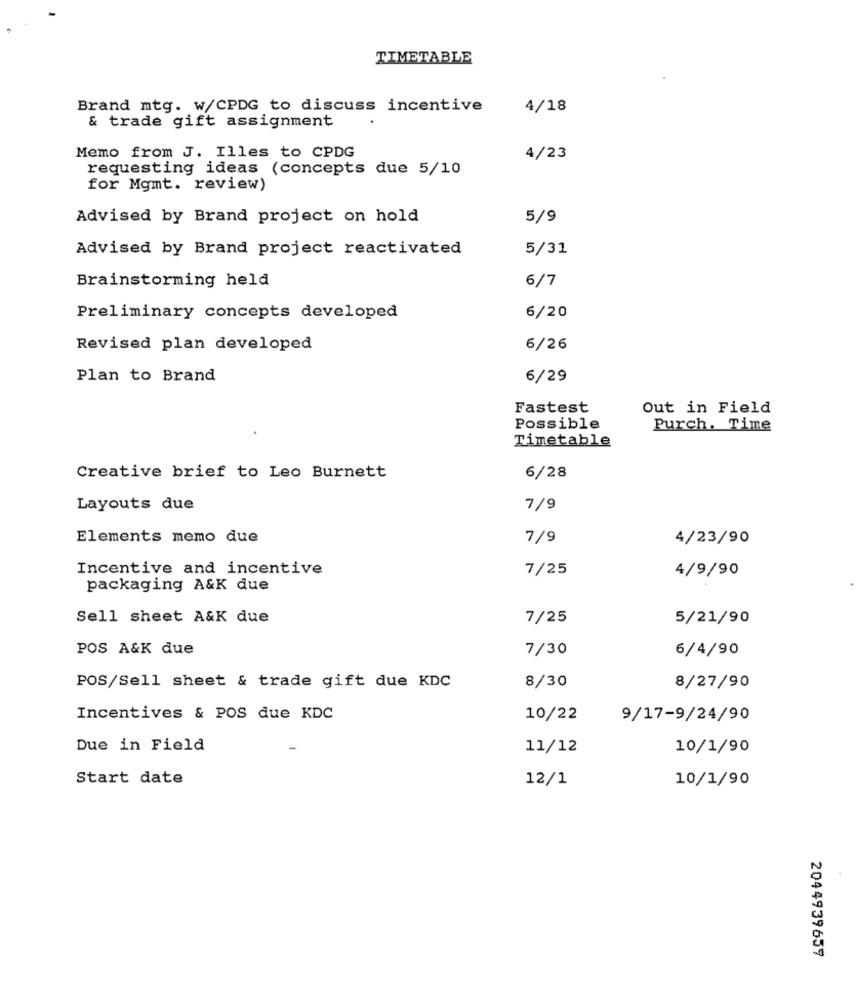
TIMETABLE
Brand mtg. W/CPDG to discuss incentive
4/18
& trade gift assignment
Memo from J. Illes to CPDG
4/23
requesting ideas (concepts due 5/10
for Mgmt. review)
Advised by Brand project on hold
5/9
Advised by Brand project reactivated
5/31
Brainstorming held
6/7
6/20
Preliminary concepts developed
Revised plan developed
6/26
Plan to Brand
6/29
Fastest
Out in Field
Possible
Purch. Time
Timetable
Creative brief to Leo Burnett
6/28
Layouts due
7/9
Elements memo due
7/9
4/23/90
Incentive and incentive
7/25
4/9/90
packaging A&K due
Sell sheet A&K due
7/25
5/21/90
POS A&K due
7/30
6/4/90
POS/Sell sheet & trade gift due KDC
8/30
8/27/90
Incentives & POS due KDC
10/22
9/17-9/24/90
Due in Field
11/12
10/1/90
Start date
12/1
10/1/90
2044939659